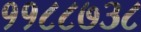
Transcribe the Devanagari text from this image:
११८८७३८